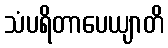
သံပရိတာပေယျာတိ